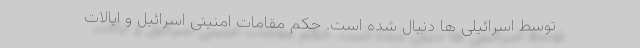
توسط اسرائیلی ها دنبال شده است. حکم مقامات امنیتی اسرائیل و ایالات